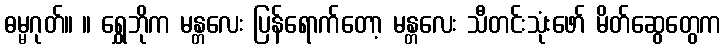
ဓမ္မဂုတ်။ ။ ရွှေဘိုက မန္တလေး ပြန်ရောက်တော့ မန္တလေး သီတင်းသုံးဖော် မိတ်ဆွေတွေက